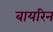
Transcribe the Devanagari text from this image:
बायरिन